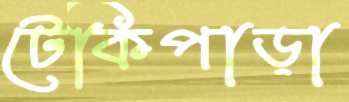
টেকিপাড়া